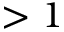
> 1